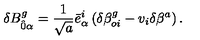
\delta B _ { \hat { 0 } \alpha } ^ { g } = \frac { 1 } { \sqrt { a } } { \bar { e } } _ { \alpha } ^ { i } \left( \delta { \beta } _ { o i } ^ { g } - v _ { i } \delta \beta ^ { a } \right) .